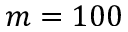
m = 1 0 0